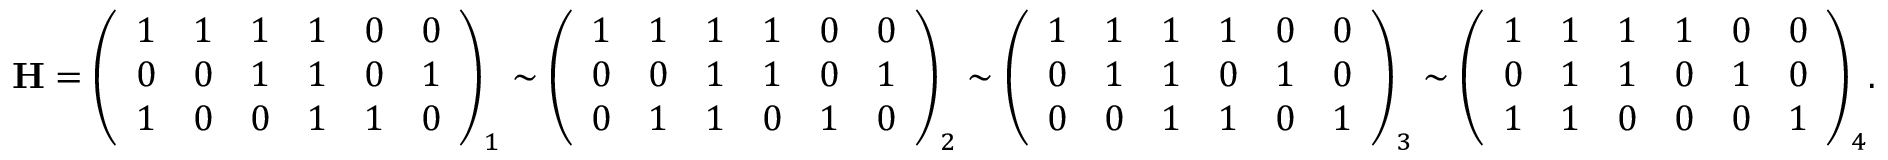
\mathbf { H } = { \left( \begin{array} { l l l l l l } { 1 } & { 1 } & { 1 } & { 1 } & { 0 } & { 0 } \\ { 0 } & { 0 } & { 1 } & { 1 } & { 0 } & { 1 } \\ { 1 } & { 0 } & { 0 } & { 1 } & { 1 } & { 0 } \end{array} \right) } _ { 1 } \sim { \left( \begin{array} { l l l l l l } { 1 } & { 1 } & { 1 } & { 1 } & { 0 } & { 0 } \\ { 0 } & { 0 } & { 1 } & { 1 } & { 0 } & { 1 } \\ { 0 } & { 1 } & { 1 } & { 0 } & { 1 } & { 0 } \end{array} \right) } _ { 2 } \sim { \left( \begin{array} { l l l l l l } { 1 } & { 1 } & { 1 } & { 1 } & { 0 } & { 0 } \\ { 0 } & { 1 } & { 1 } & { 0 } & { 1 } & { 0 } \\ { 0 } & { 0 } & { 1 } & { 1 } & { 0 } & { 1 } \end{array} \right) } _ { 3 } \sim { \left( \begin{array} { l l l l l l } { 1 } & { 1 } & { 1 } & { 1 } & { 0 } & { 0 } \\ { 0 } & { 1 } & { 1 } & { 0 } & { 1 } & { 0 } \\ { 1 } & { 1 } & { 0 } & { 0 } & { 0 } & { 1 } \end{array} \right) } _ { 4 } .